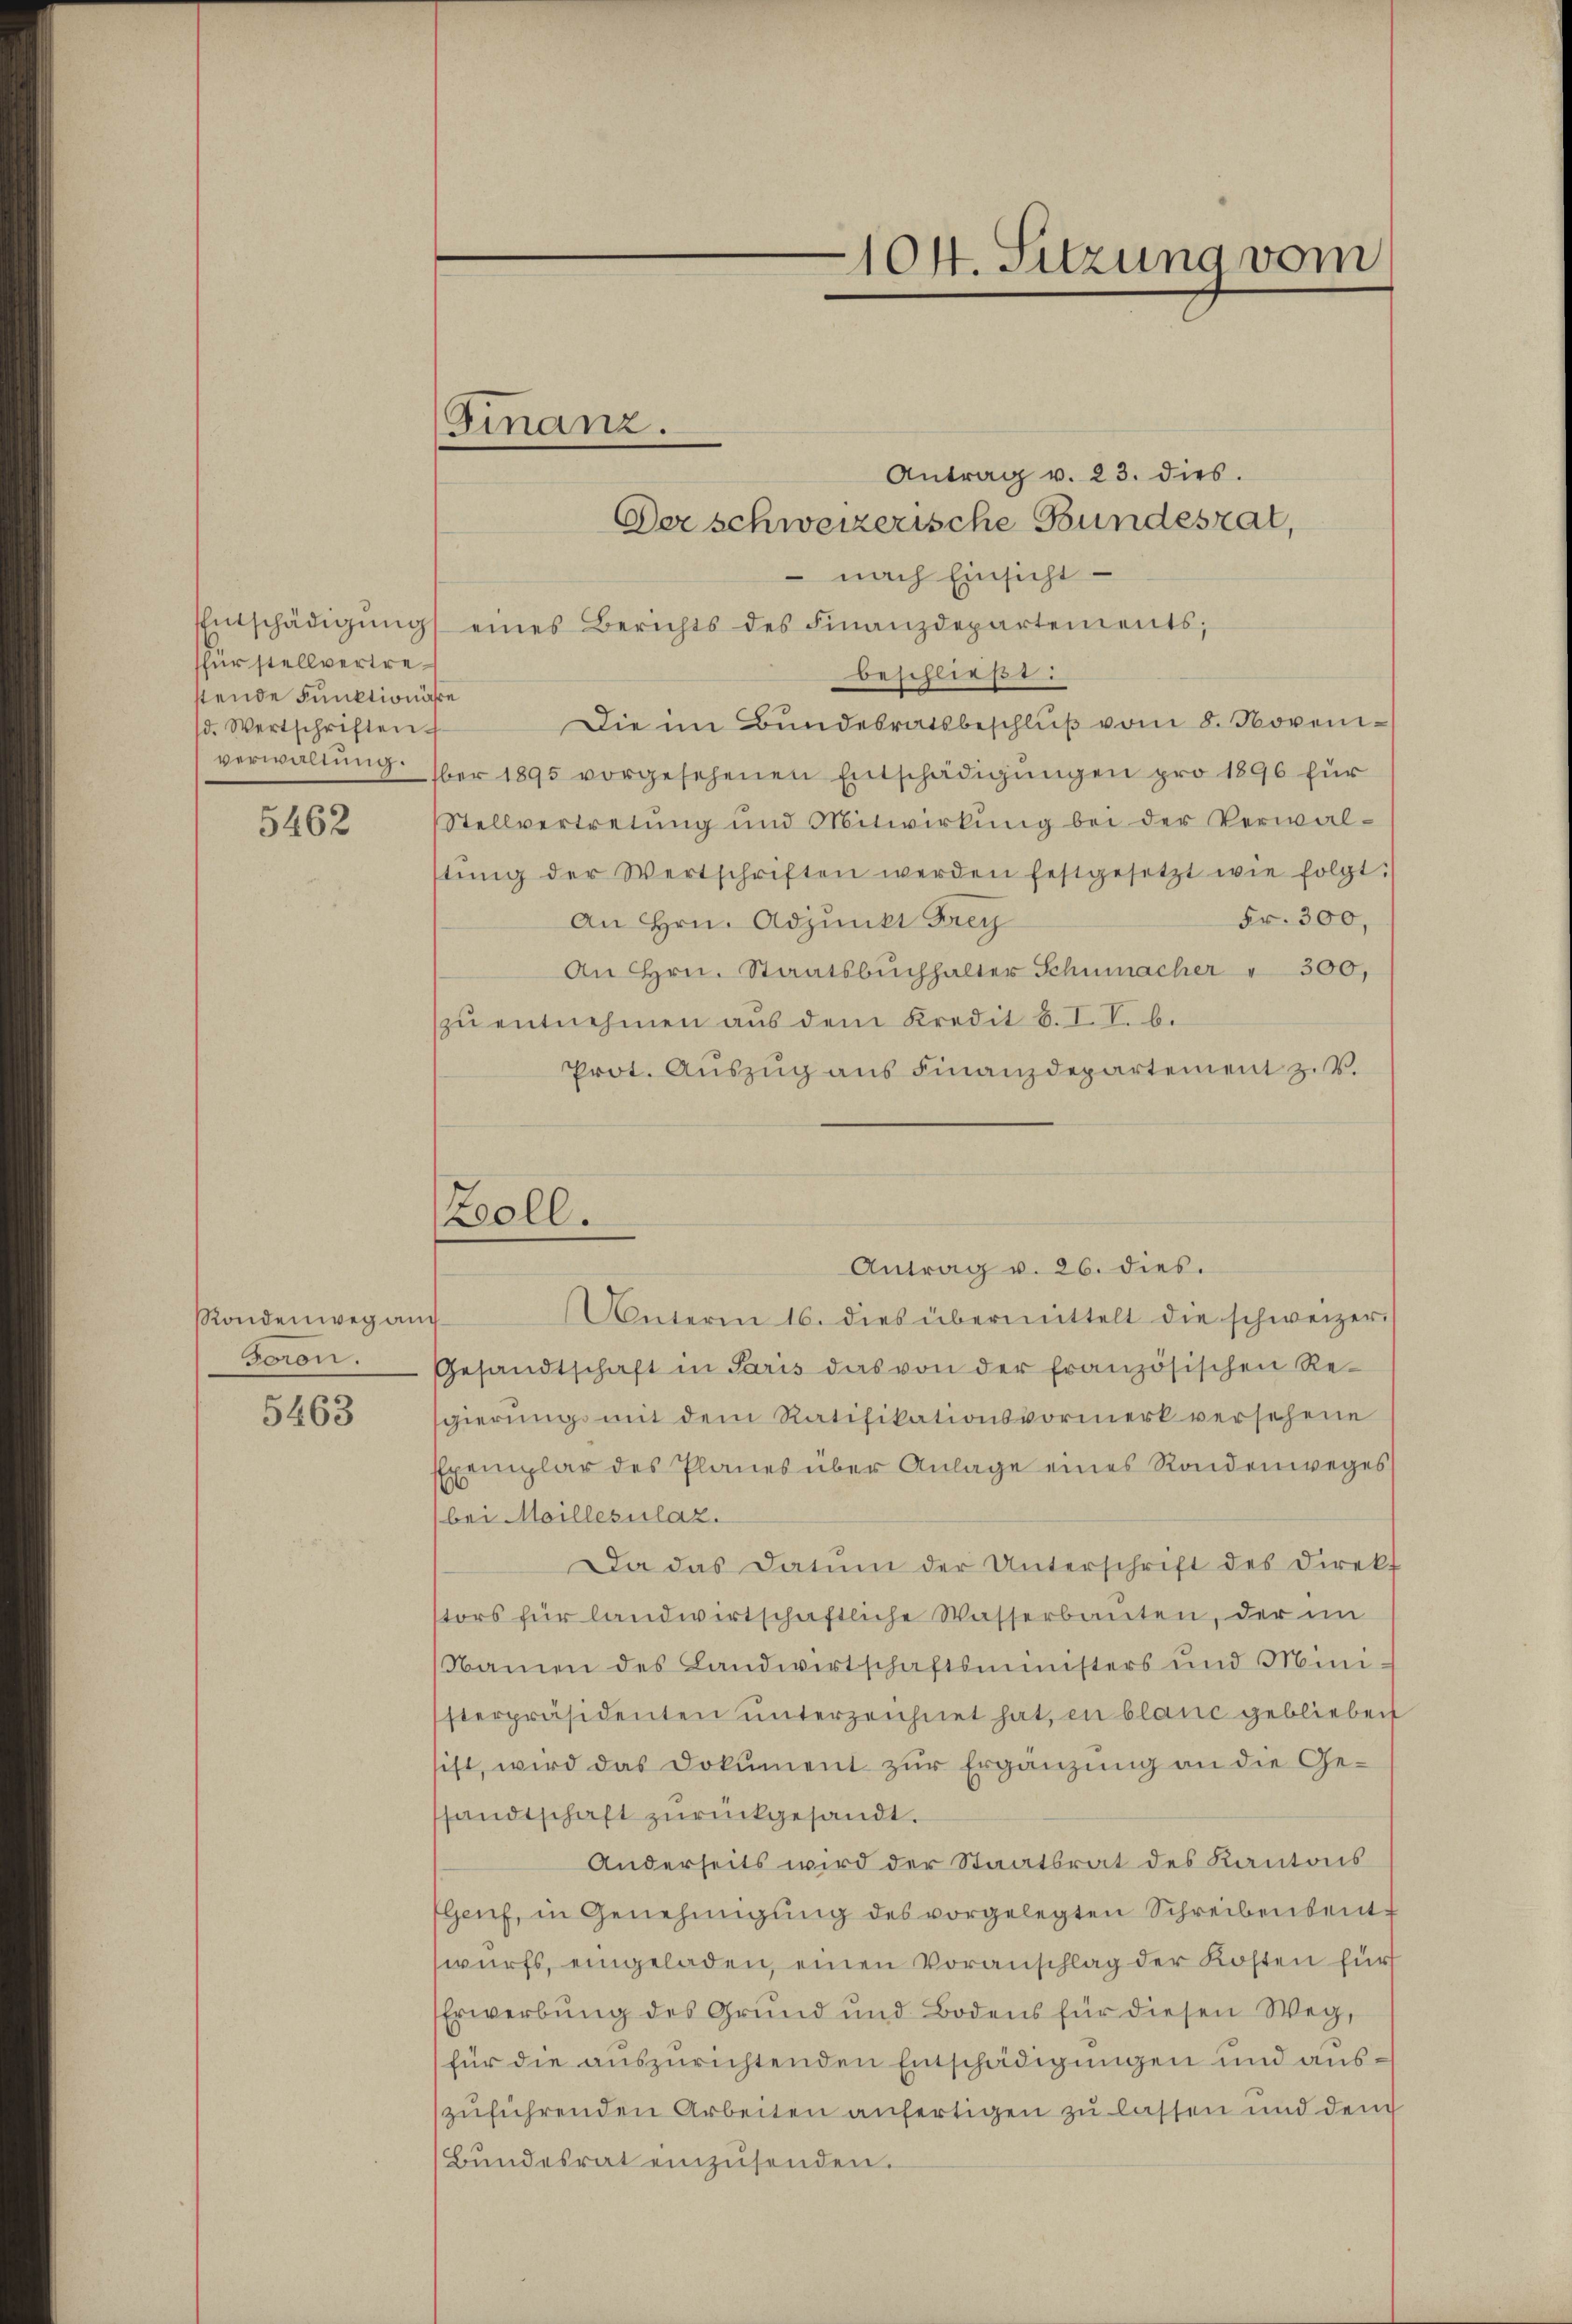
für stellvertrestende Funktionäre
d. Wertschriften

5462

Randenweg auch
Foron.

5463

Finanz.

Antrag v. 23. dies.
Der schweizerische Bundesrat,
 nach Einsicht
Entschädigŭng eines Berichts des Finanzdepartements;
beschließt:
Die im Bundesratsbeschlŭβ vom 8. Noveniverwaltŭng. Aber 1895 vorgesehenen Entschädigŭngen pro 1896 für
Stellvertretung und Mitwirkung bei der Verwal-
stŭng der Wertschriften werden festgesetzt wie folgt:
Fr. 300,
An Hrn. Adjunkt Frey
An Hrn. Staatsbuchhalter Schumacher " 300,
zu entnehmen aus dem Kredit 8. IV. b.
Prot. Aŭszŭg aŭs Finanzdepartement z. B.

Zoll.

104. Sitzung vom

Unterm 16. dies übermittelt die schweizer.
Gesandtschaft in Paris das von der französischen Resgierungs mit dem Ratifikationsvormerk versehene
Exemplar des Planes über Anlage eines Randenweges
bei Moillesilaz.
Da das Datum der Unterschrift des Direkt
stors für landwirtschaftliche Wasserbauten, der im
Namen des Landwirtschaftsministers und Mini-
sterpräsidenten ŭnterzeichnet hat, in blanc geblieben
sist, wird das Dokument zur Ergänzung an die Gesandtschaft zŭrückgesandt.
Anderseits wird der Staatsrat des Kantons
Genf, in Genehmigung des vorgelegten Schreibensentwurfs, eingeladen, einen Voranschlag der Kosten für
Erwerbung des Grund und Bodens für diesen Weg,
für die auszurichtenden Entschädigungen und auszuführenden Arbeiten anfertigen zu lassen und den
Bŭndesrat einzŭsenden.

Antrag v. 26. dies.